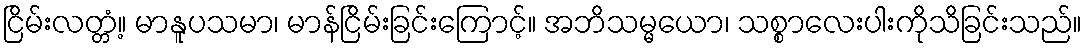
ငြိမ်းလတ္တံ့။ မာနူပသမာ၊ မာန်ငြိမ်းခြင်းကြောင့်။ အဘိသမ္မယော၊ သစ္စာလေးပါးကိုသိခြင်းသည်။